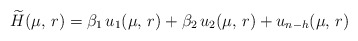
\begin{align*}\widetilde{H}(\mu,\,r) = \beta_1\, u_1(\mu,\,r) + \beta_2\, u_2(\mu,\,r) + u_{n-h}(\mu,\,r)\end{align*}